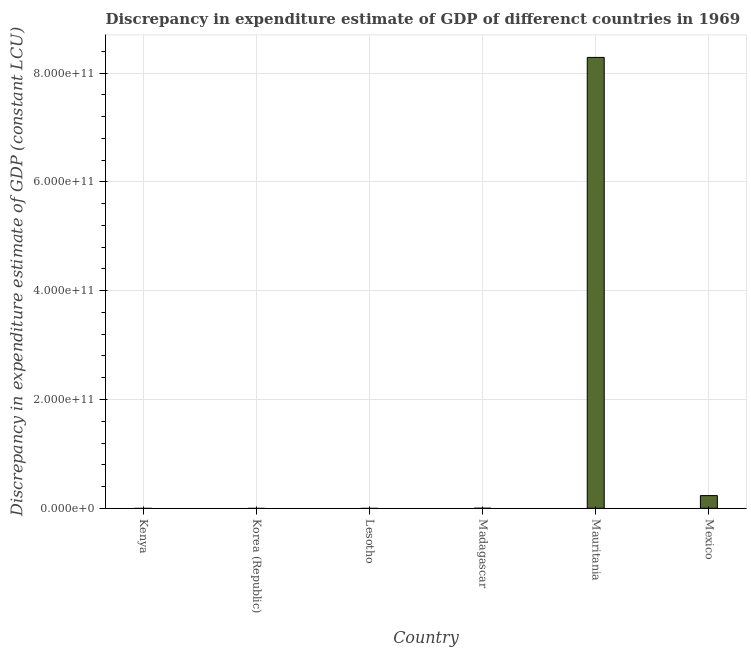
| Country | Discrepancy constant LCU |
 | --- | --- |
 | Kenya | -7.24e+09 |
 | Korea (Republic) | -2.68e+13 |
 | Lesotho | -5.89e+08 |
 | Madagascar | -4e+05 |
 | Mauritania | 8.29e+11 |
 | Mexico | 2.33e+10 |